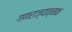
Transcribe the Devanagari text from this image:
गणराज्‍यात्‍मक